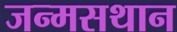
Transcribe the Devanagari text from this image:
जन्मसथान